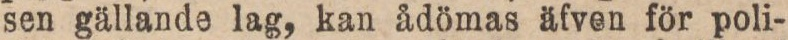
sen gällande lag, kan ådömas äfven för poli-